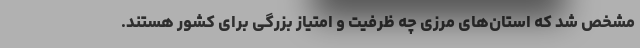
مشخص شد که استان‌های مرزی چه ظرفیت و امتیاز بزرگی برای کشور هستند.